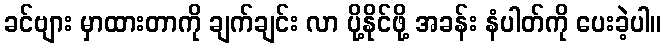
ခင်ဗျား မှာထားတာကို ချက်ချင်း လာ ပို့နိုင်ဖို့ အခန်း နံပါတ်ကို ပေးခဲ့ပါ။